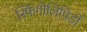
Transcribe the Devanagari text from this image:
स्फिंगोलिपिडों